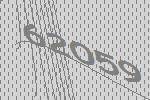
62059